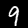
Digit: 9